Leaving Certificate Examination, 1914
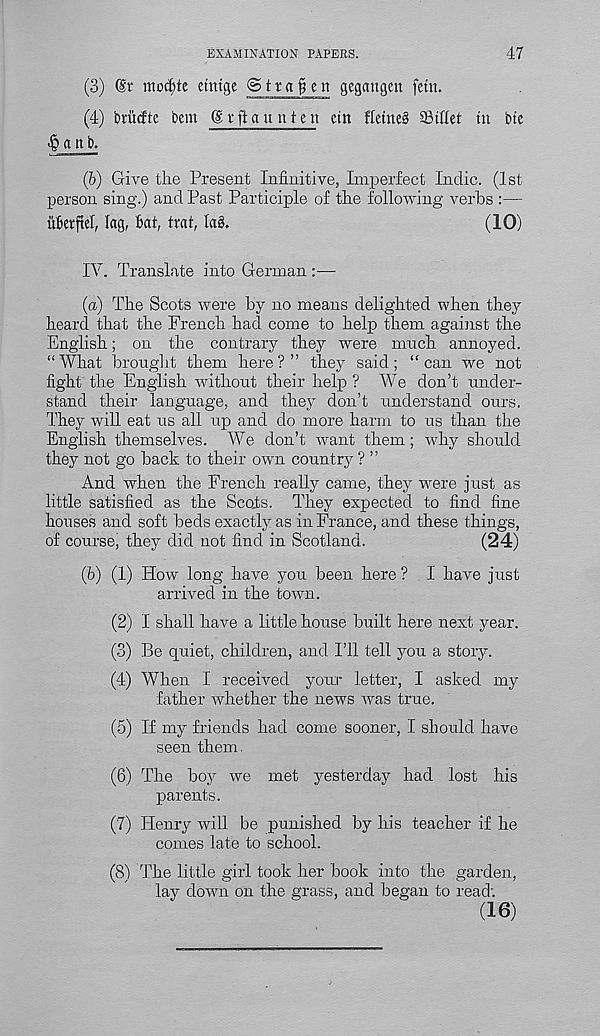
EXAMINATION PAPERS.
47
(3) (Sv modjte etntge ©tta^en gegangen fettt.
(4) ijmcfte bem (g r ft a u tt t e n etn fletne§ 23iIIet m bte
(6) Give the Present Infinitive, IrrBerfect Indie. (1st
person sing.) and Past Participle of the following verbs :—
ukiftel, lag, Bat, trat, lag.
(10)
IV. Translate into German :—
(a) The Scots were by no means delighted when they
heard that the French had come to help them against the
English; on the contrary they were much annoyed.
“What brought them here?” they said; “can we not
fight the English without their help ? We don’t under-
stand their language, and they don’t understand ours.
They will eat us all up and do more harm to us than the
English themselves. We don’t want them; why should
they not go back to their own country ? ”
And when the French really came, they were just as
little satisfied as the Scots. They expected to find fine
houses and soft beds exactly as in France, and these things,
of course, they did not find in Scotland.
(24)
(fe) (1) How long have you been here ? I have just
arrived in the town.
(2) I shall have a little house built here next year.
(3) Be quiet, children, and I’ll tell you a story.
(4) When I received your letter, I asked my
father whether the news was true.
(5) If my friends had come sooner, I should have
seen them.
(6) The boy we met yesterday had lost his
parents.
(7) Henry will be punished by his teacher if he
comes late to school.
(8) The little girl took her book into the garden,
lay down on the grass, and began to read'.
(16)